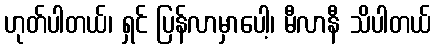
ဟုတ်ပါတယ်၊ ရှင် ပြန်လာမှာပေါ့၊ မီလာနီ သိပါတယ်